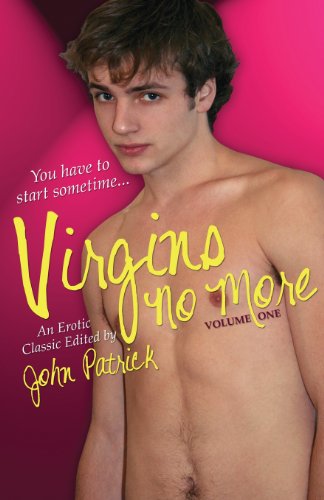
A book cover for Virgins No More - Volume 1; John Patrick; Romance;